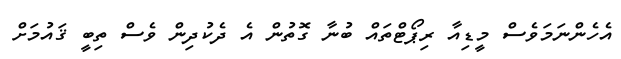
އެހެންނަމަވެސް މީޑިއާ ރިޕޯޓްތައް ބުނާ ގޮތުން އެ ދެކުދިން ވެސް ތިބީ ޤައުމަށް